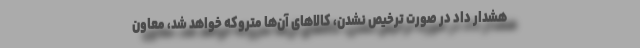
هشدار داد در صورت ترخیص نشدن، کالاهای آن‌ها متروکه خواهد شد، معاون